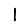
Digit: 1